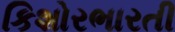
કિશોરભારતી